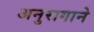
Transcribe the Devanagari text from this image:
अनुरागाने